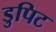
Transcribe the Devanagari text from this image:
डुपिट